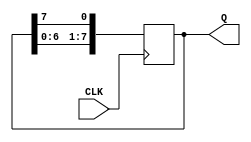
module ring_counter_8bit (
    input CLK,
    output [7:0] Q
);

reg [7:0] Q = 8'b10000000;

    always @(posedge CLK) begin
        Q <= {Q[6:0], Q[7]};
    end

endmodule